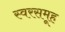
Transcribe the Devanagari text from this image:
स्वरसमूह